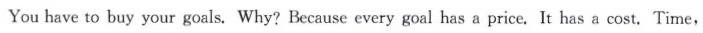
You have to buy your goals. Why? Because every goal has a price. It has a cost. Time,